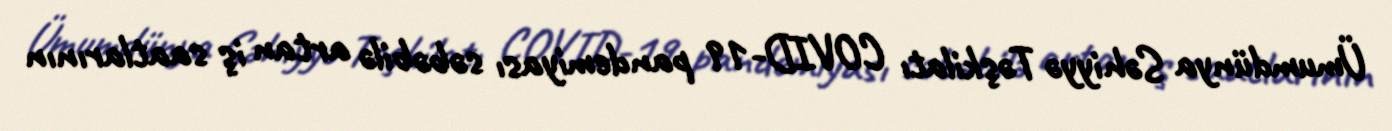
Ümumdünya Səhiyyə Təşkilatı COVID-19 pandemiyası səbəbilə artan iş saatlarının